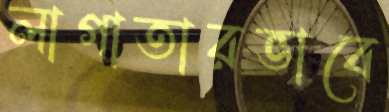
লাগাতারভাবে